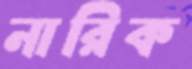
নারিক